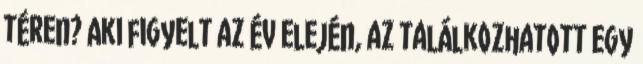
téren? Aki figyelt az év elején, az találkozhatott egy